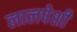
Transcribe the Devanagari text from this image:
लालपेशी